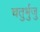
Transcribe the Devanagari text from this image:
चतुर्भुजु